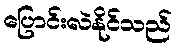
ပြောင်းလဲနိုင်သည်